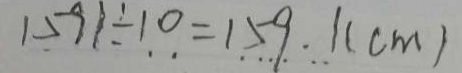
1 5 9 1 \div 1 0 = 1 5 9 . 1 ( c m )